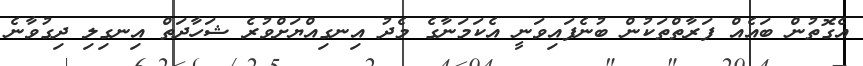
އެގޮތުން ބައެއް ފަރާތްތަކުން ބުނެފައިވަނީ އެކަމަނާގެ މެދު އިނގިއްޔަށްވުރެ ޝަހާދަތް އިނގިލި ދިގުވާނެ